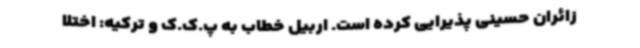
زائران حسینی پذیرایی کرده است. اربیل خطاب به پ.ک.ک و ترکیه: اختلا